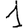
Digit: 1